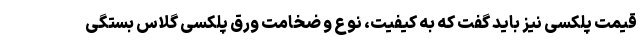
قیمت پلکسی نیز باید گفت که به کیفیت، نوع و ضخامت ورق پلکسی گلاس بستگی